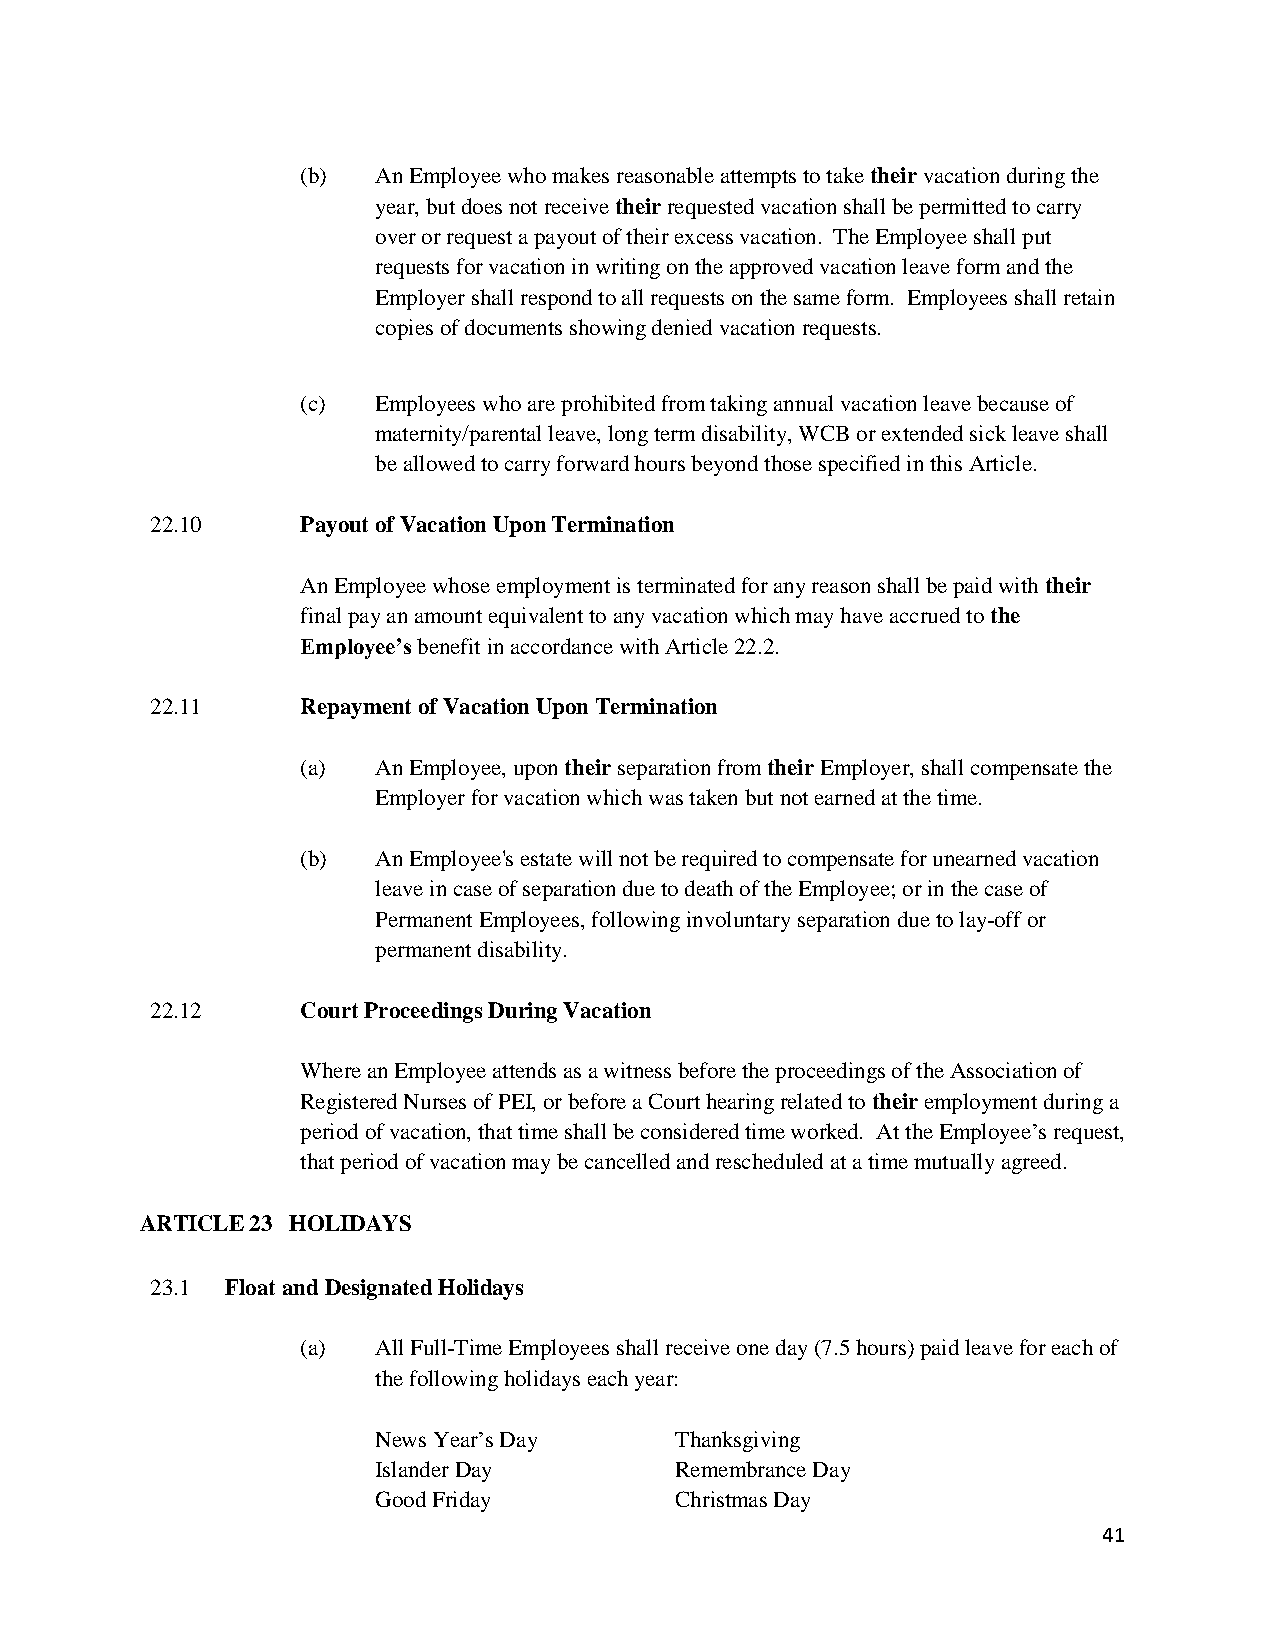
(b)  An Employee who makes reasonable attempts to take their vacation during the
 year, but does not receive their requested vacation shall be permitted to carry
 over or request a payout of their excess vacation. The Employee shall put
 requests for vacation in writing on the approved vacation leave form and the
 Employer shall respond to all requests on the same form. Employees shall retain
 copies of documents showing denied vacation requests.
 (c)  Employees who are prohibited from taking annual vacation leave because of
 maternity/parental leave, long term disability, WCB or extended sick leave shall
 be allowed to carry forward hours beyond those specified in this Article.
 22.10     Payout of Vacation Upon Termination
 An Employee whose employment is terminated for any reason shall be paid with their
 final pay an amount equivalent to any vacation which may have accrued to the
 Employee’s benefit in accordance with Article 22.2.
 22.11     Repayment of Vacation Upon Termination
 (a)  An Employee, upon their separation from their Employer, shall compensate the
 Employer for vacation which was taken but not earned at the time.
 (b)  An Employee's estate will not be required to compensate for unearned vacation
 leave in case of separation due to death of the Employee; or in the case of
 Permanent Employees, following involuntary separation due to lay-off or
 permanent disability.
 22.12     Court Proceedings During Vacation
 Where an Employee attends as a witness before the proceedings of the Association of
 Registered Nurses of PEI, or before a Court hearing related to their employment during a
 period of vacation, that time shall be considered time worked. At the Employee’s request,
 that period of vacation may be cancelled and rescheduled at a time mutually agreed.
 ARTICLE 23 HOLIDAYS
 23.1 Float and Designated Holidays
 (a)  All Full-Time Employees shall receive one day (7.5 hours) paid leave for each of
 the following holidays each year:
 News Year’s Day     Thanksgiving
 Islander Day        Remembrance Day
 Good Friday         Christmas Day
 41